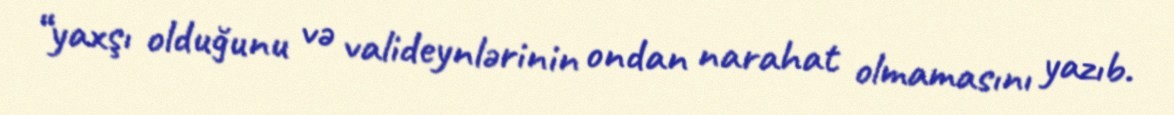
“yaxşı olduğunu və valideynlərinin ondan narahat olmamasını yazıb.